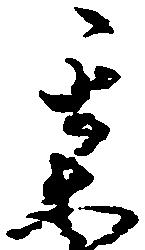
某